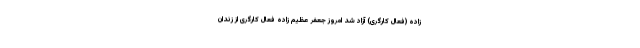
زاده (فعال کارگری) آزاد شد امروز جعفر عظیم‌ زاده فعال کارگری از زندان